Indian journal of veterinary science and animal husbandry - Volumes 15-17, 1948-1951
Year: 1948
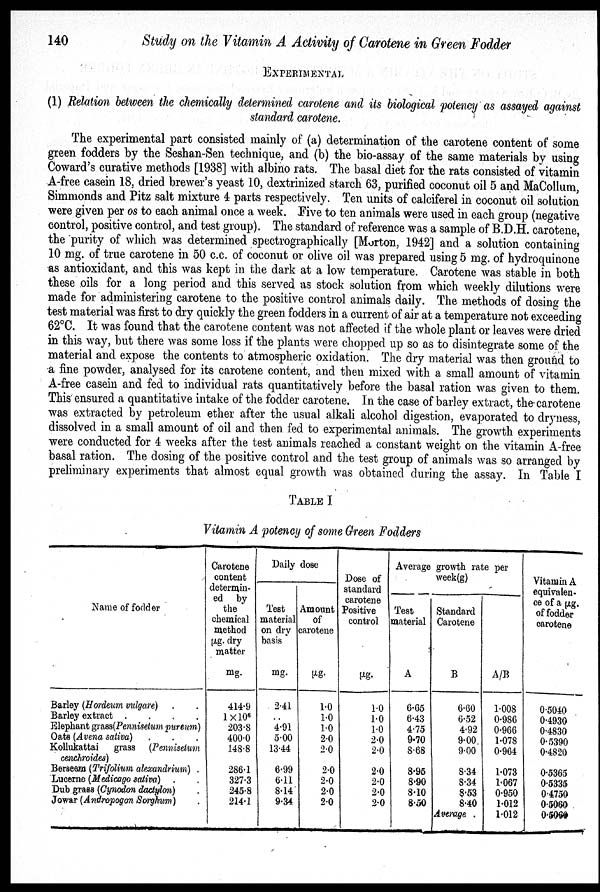
140
Study on the Vitamin A Activity of Carotene in Green Fodder
EXPERIMENTAL
(1) Relation between the chemically determined carotene and its biological potency as assayed again
standard carotene.
The experimental part consisted mainly of (a) determination of the carotene content of some
green fodders by the Seshan-Sen technique, and (b) the bio-assay of the same materials by using
Coward's curative methods [1938] with albino rats. The basal diet for the rats consisted of vitamin
A-free casein 18, dried brewer's yeast 10, dextrinized starch 63, purified coconut oil 5 and MaCollum,
Simmonds and Pitz salt mixture 4 parts respectively. Ten units of calciferel in coconut oil solution
were given per os to each animal once a week. Five to ten animals were used in each group (negative
control, positive control, and test group). The standard of reference was a sample of B.D.H. carotene,
the purity of which was determined spectrographically [Morton, 1942] and a solution containing
10 mg. of true carotene in 50 c.c. of coconut or olive oil was prepared using 5 mg. of hydroquinone
as antioxidant, and this was kept in the dark at a low temperature. Carotene was stable in both
these oils for a long period and this served as stock solution from which weekly dilutions were
made for administering carotene to the positive control animals daily. The methods of dosing the
test material was first to dry quickly the green fodders in a current of air at a temperature not exceeding
62°C. It was found that the carotene content was not affected if the whole plant or leaves were dried
in this way, but there was some loss if the plants were chopped up so as to disintegrate some of the
material and expose the contents to atmospheric oxidation. The dry material was then ground to
a fine powder, analysed for its carotene content, and then mixed with a small amount of vitamin
A-free casein and fed to individual rats quantitatively before the basal ration was given to them.
This ensured a quantitative intake of the fodder carotene. In the case of barley extract, the carotene
was extracted by petroleum ether after the usual alkali alcohol digestion, evaporated to dryness,
dissolved in a small amount of oil and then fed to experimental animals. The growth experiments
were conducted for 4 weeks after the test animals reached a constant weight on the vitamin A-free
basal ration. The dosing of the positive control and the test group of animals was so arranged by
preliminary experiments that almost equal growth was obtained during the assay. In Table I
TABLE I
Vitamin A potency of some Green Fodders
Name of fodder
Barley (Hordeum vulgare) . .
Barley extract .
.
.
.
Elephant grass(Pennisetum pureum)
Oats (Avena sativa) . . .
Kollukattai grass (Pennisetum
cenchroides)
Berseem (Trifolium alexandrium) .
Lucerne (Medicago sativa) . .
Dub grass (Cynodon dactylon) .
Jowar (Andropogon Sorghum) .
Carotene
content
determin-
ed by
the
chemical
method
µg. dry
matter
mg.
414.9
1 × 10 6
203.8
400.0
148.8
286.1
327.3
245.8
214.1
Daily dose
Test
material
on dry
basis
mg.
2.41
..
4.91
5.00
13.44
6.99
6.11
8.14
9.34
Amount
of
carotene
µg.
1.0
1.0
1.0
2.0
2.0
2.0
2.0
2.0
2.0
Dose of
standard
carotene
Positive
control
µg.
1.0
1.0
1.0
2.0
2.0
2.0
2.0
2.0
2.0
Average growth rate per
week (g)
Test
material
A
6.65
6.43
4.75
9.70
8.68
8.95
8.90
8.10
8.50
Standard
Carotene
B
6.60
6.52
4.92
9.00
9.00
8.34
8.34
8.53
8.40
Average .
A/B
1.008
0.986
0.966
1.078
0.964
1.073
1.067
0.950
1.012
1.012
Vitamin A
equivalen-
ce of a µg.
of fodder
carotene
0.5040
0.4930
0.4830
0.5390
0.4820
0.5365
0.5335
0.4750
0.5060
0.5060